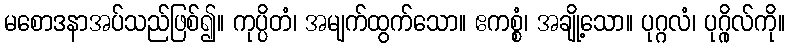
မစောဒနာအပ်သည်ဖြစ်၍။ ကုပ္ပိတံ၊ အမျက်ထွက်သော။ ဧကစ္စံ၊ အချို့သော။ ပုဂ္ဂလံ၊ ပုဂ္ဂိုလ်ကို။